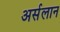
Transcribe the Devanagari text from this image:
अर्सलान